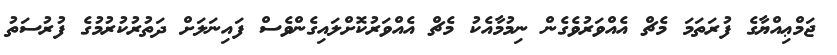
ޖަމްޢިއްޔާގެ ފުރަތަމަ މެޗް އެއްވަރުވެގެން ނިމުމާއެކު މެޗް އެއްވަރުކޮށްލައިގެންވެސް ފައިނަލަށް ދަތުރުކުރުމުގެ ފުރުސަތު